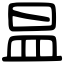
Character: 昷